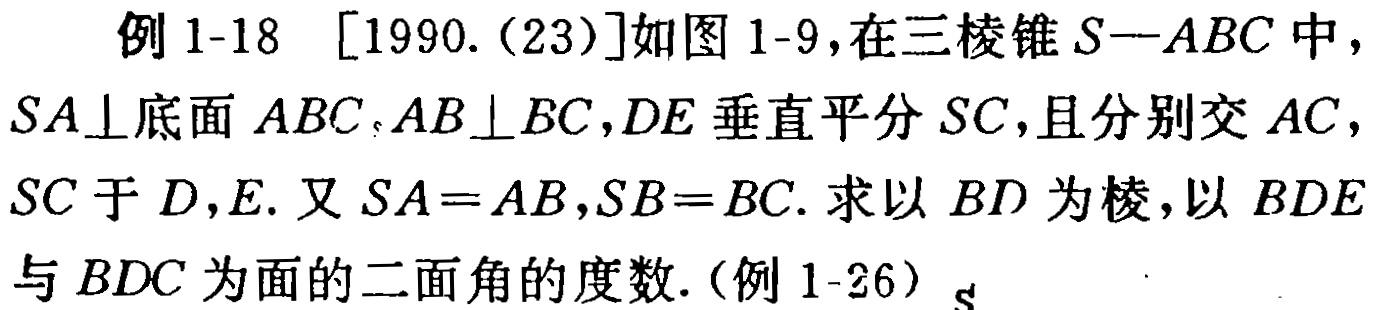
例 1-18 [1990.(23)]如图 1-9,在三棱锥 \(S - ABC\) 中，\(SA\perp\)底面 \(ABC\)，\(AB\perp BC\)，\(DE\) 垂直平分 \(SC\)，且分别交 \(AC\)，\(SC\) 于 \(D\)，\(E\). 又 \(SA = AB\)，\(SB = BC\). 求以 \(BD\) 为棱，以 \(BDE\) 与 \(BDC\) 为面的二面角的度数.(例 1-26)